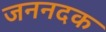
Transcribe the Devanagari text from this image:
जननदक